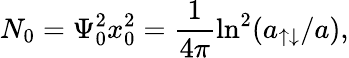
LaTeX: N_{0}=\Psi_{0}^{2}x_{0}^{2}=\frac 1{4\pi}\ln^{2}(a_{\uparrow\downarrow}/a),